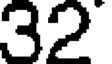
32